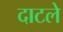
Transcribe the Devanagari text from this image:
दाटले